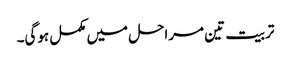
تربیت تین مراحل میں مکمل ہوگی۔